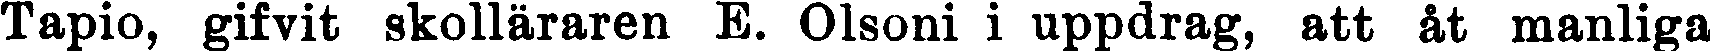
Tapio, gifvit skolläraren E. Olsoni i uppdrag, att åt manliga